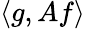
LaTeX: \langle g,Af\rangle